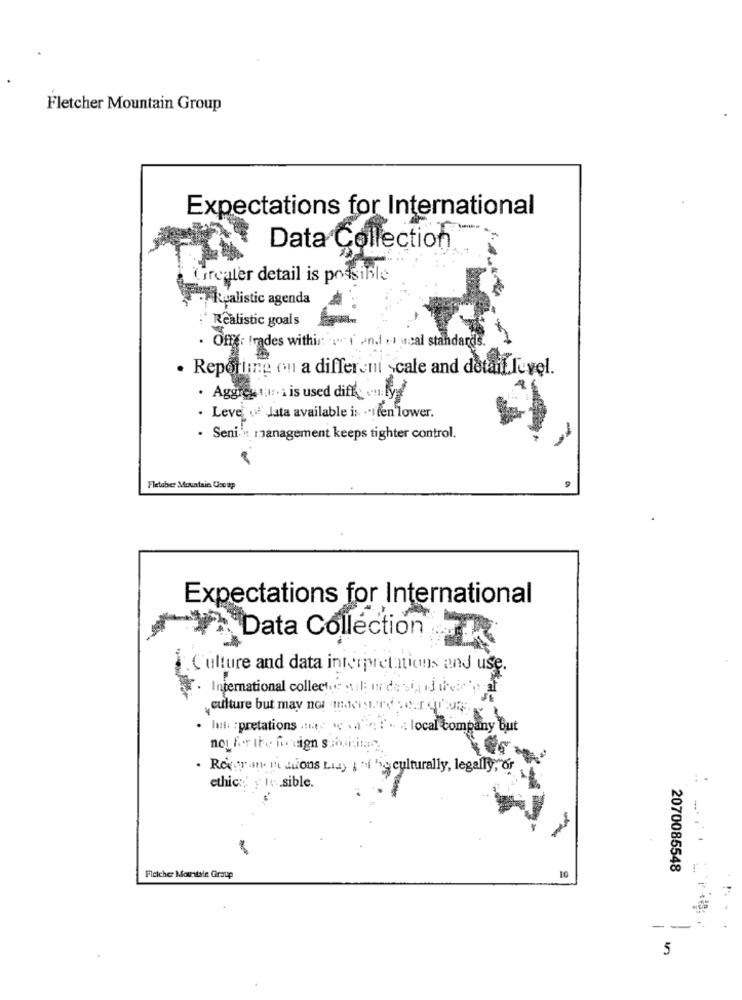
Fletcher Mountain Group
Expectations for International
Data Collection
Greater detail is possible
Realistic agenda
:' Realistic goals
. Offer trades within an.l . weal standards.
· Reporting on a differeni scale and detail level.
. Aggres nur- 1 is used diffe en lyd
. Levei of Jata available is . ilen lower.
· Senin management keeps tighter control.
Fletaber Mountain Cocup
Expectations for International
Data Collection
Culture and data interpretations and use.
International collectes ; il: mi de sind their par
culture but may not maestro per qu
Int: : pretations nas w .. . . .. . local company but
noy for the foreign suici itas
. Roger an. [' diions Liay 1 "f "se culturally, legally,"or .
:.
ethics' y tv .sible.
-
2070085548
Fleicher Mountain Graup
-
5